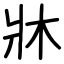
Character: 牀